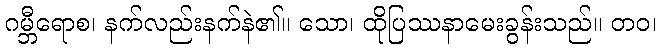
ဂမ္ဘီရောစ၊ နက်လည်းနက်နဲ၏။ သော၊ ထိုပြဿနာမေးခွန်းသည်။ တဝ၊